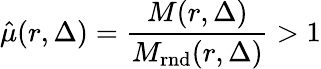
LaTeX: \hat{\mu}(r,\Delta)=\frac{M(r,\Delta)}{M_{\mathrm{rnd}}(r,\Delta)}>1